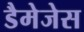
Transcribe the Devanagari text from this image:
डैमेजेस